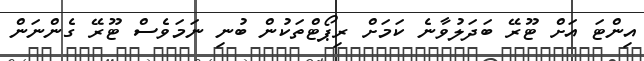
އިންޓަ އަށް ޓޫރޭ ބަދަލުވާނެ ކަމަށް ރިޕޯޓްތަކުން ބުނި ނަމަވެސް ޓޫރޭ ގެންނަން